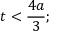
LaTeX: t < { \frac { 4 a } { 3 } } ;